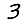
Digit: 3